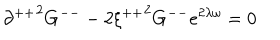
{ \partial ^ { + + } } ^ { 2 } G ^ { -- } - 2 { \xi ^ { + + } } ^ { 2 } G ^ { -- } e ^ { 2 \lambda \omega } = 0 \,